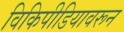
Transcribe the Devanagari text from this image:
विकिपीडियावरून